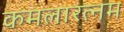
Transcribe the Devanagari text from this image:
कमलारत्नम